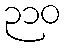
၃၁၀